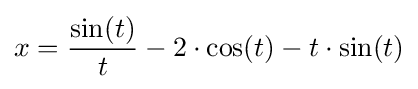
x={\frac {\sin(t)}{t}}-2\cdot \cos(t)-t\cdot \sin(t)